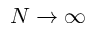
N \rightarrow \infty